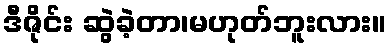
ဒီဇိုင်း ဆွဲခဲ့တာ၊မဟုတ်ဘူးလား။